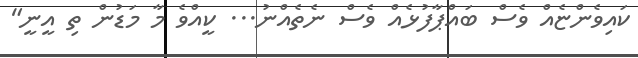
ކައިވެންޏެއް ވެސް ބައްޕާފުޅެއް ވެސް ނެތެއްނު... ކީއްވެ މާ މަޑުން ތި އީނީ"